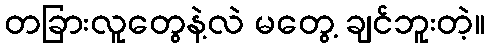
တခြားလူတွေနဲ့လဲ မတွေ့ ချင်ဘူးတဲ့။